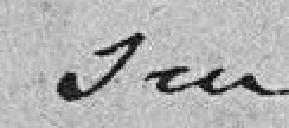
sur